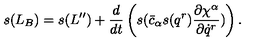
s ( L _ { B } ) = s ( L ^ { \prime \prime } ) + \frac { d } { d t } \left( s ( \bar { c } _ { \alpha } s ( q ^ { r } ) \frac { \partial \chi ^ { \alpha } } { \partial \dot { q } ^ { r } } ) \right) .